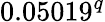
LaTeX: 0.05019^{q}